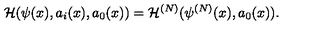
{ \cal H } ( \psi ( x ) , a _ { i } ( x ) , a _ { 0 } ( x ) ) = { \cal H } ^ { ( N ) } ( \psi ^ { ( N ) } ( x ) , a _ { 0 } ( x ) ) .